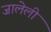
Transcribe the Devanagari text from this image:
जालेली